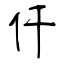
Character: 仟